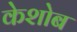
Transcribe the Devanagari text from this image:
केशोब